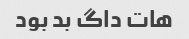
هات داگ بد بود